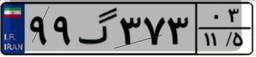
۹۹گ۳۷۳۰۳